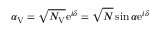
\alpha _ { \mathrm { V } } = \sqrt { N _ { \mathrm { V } } } \mathrm { e } ^ { i \delta } = \sqrt { N } \sin \alpha \mathrm { e } ^ { i \delta }